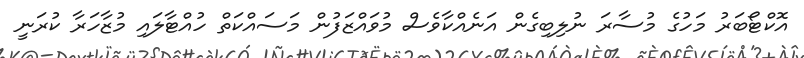
އޮކްޓޯބަރު މަހުގެ މުސާރަ ނުލިބިގެން އަނެއްކާވެސް މުވައްޒަފުން މަސައްކަތް ހުއްޓާލައި މުޒާހަރާ ކުރަނީ